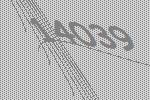
14039